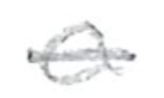
Text: a
Cross-out: single-line
Writing tool: pencil